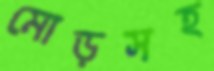
মোড়সহ